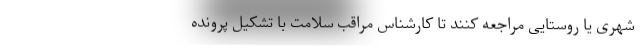
شهری یا روستایی مراجعه کنند تا کارشناس مراقب سلامت با تشکیل پرونده